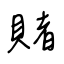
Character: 賭